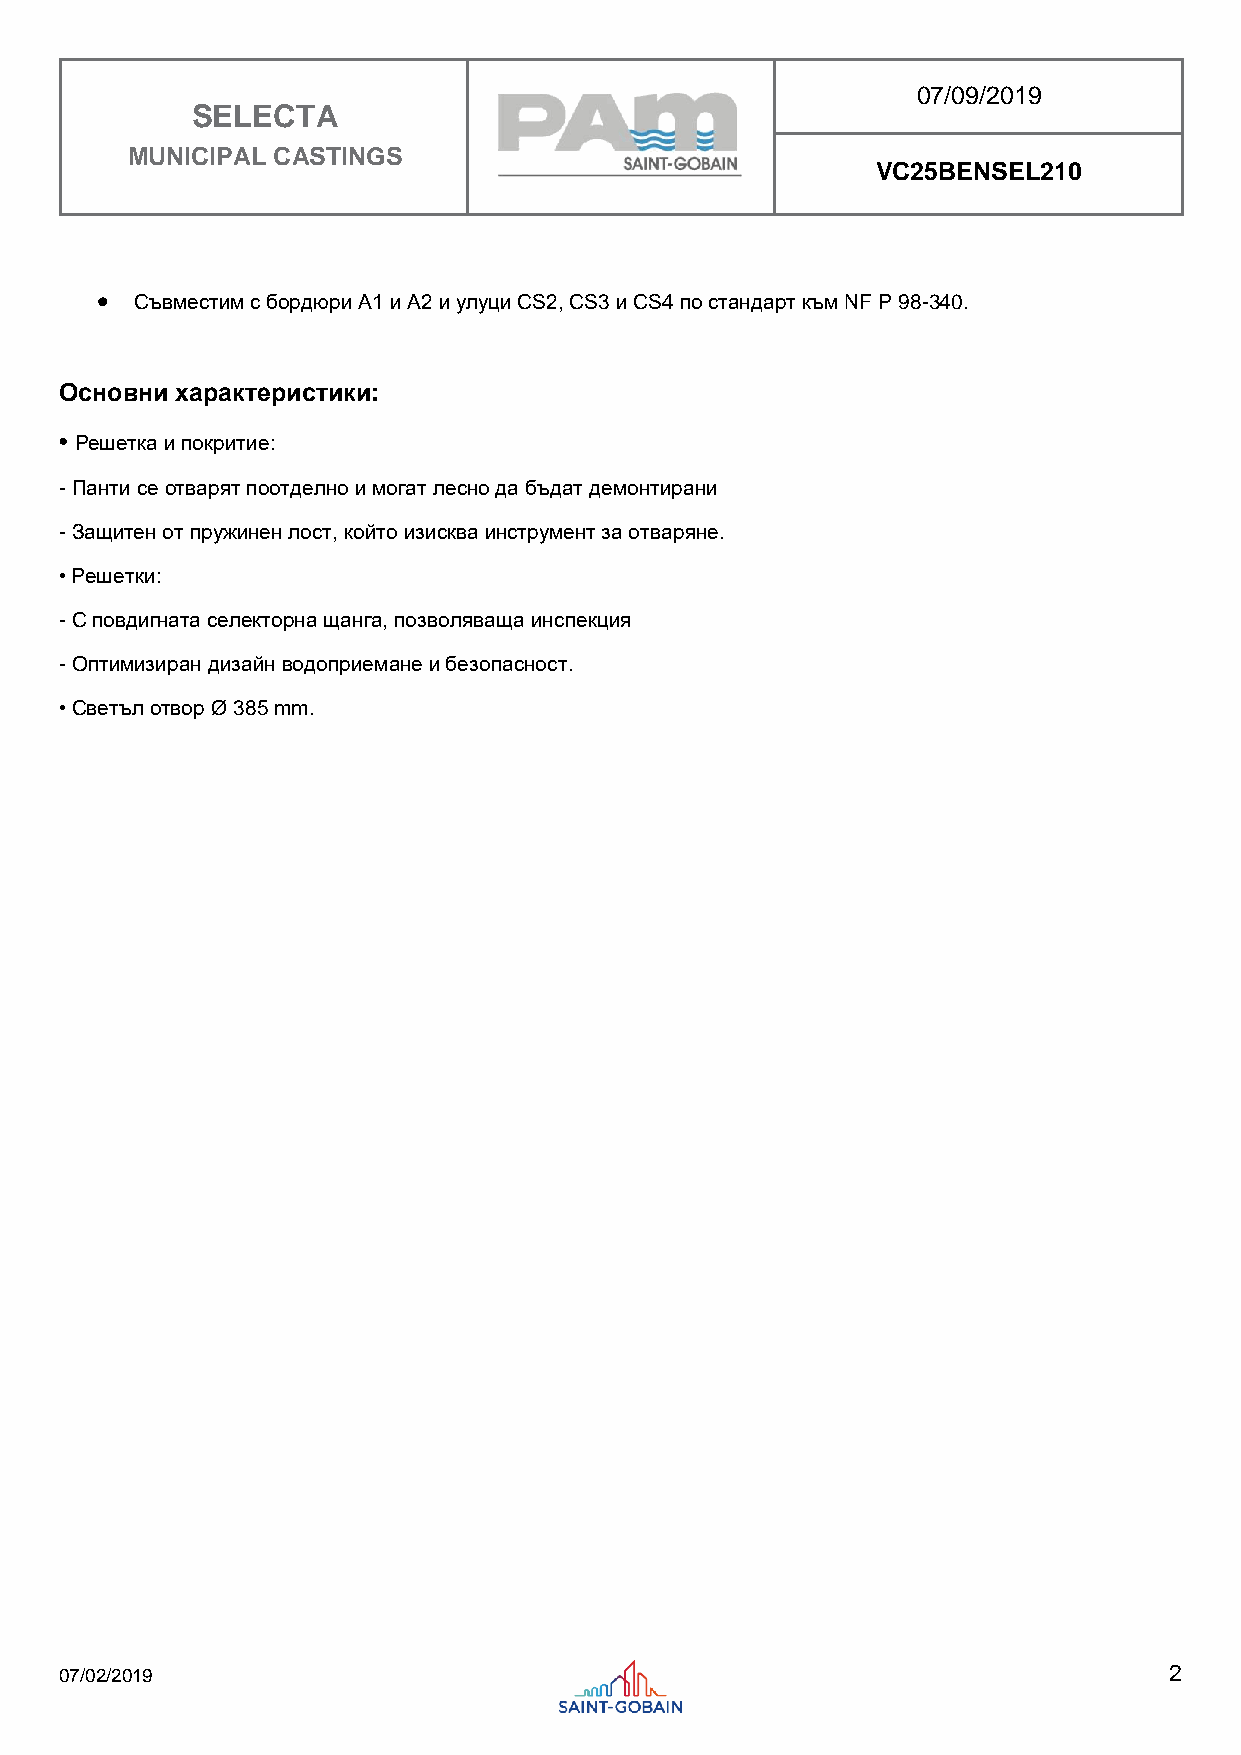
07/09/2019
 SELECTA
 MUNICIPAL CASTINGS
 VC25BENSEL210
 •  Съвместим с бордюри А1 и А2 и улуци CS2, CS3 и CS4 по стандарт към NF P 98-340.
 Основни характеристики:
 • Решетка и покритие:
 - Панти се отварят поотделно и могат лесно да бъдат демонтирани
 - Защитен от пружинен лост, който изисква инструмент за отваряне.
 • Решетки:
 - С повдигната селекторна щанга, позволяваща инспекция
 - Оптимизиран дизайн водоприемане и безопасност.
 • Светъл отвор Ø 385 mm.
 07/02/2019                                                               2